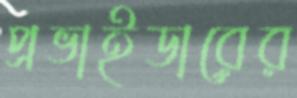
প্রভাইডারের